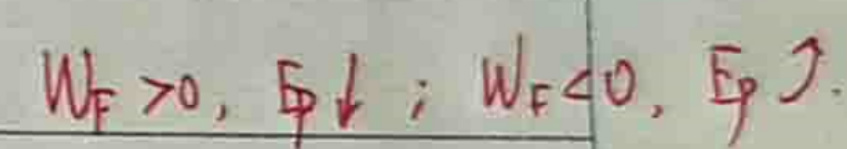
$W_{F}>0,\varPhi \downarrow;W_{F}<0,\varPhi \uparrow.$